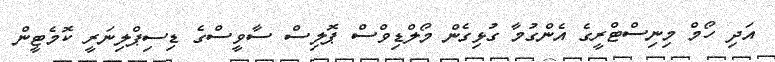
އަދި ހޯމް މިނިސްޓްރީގެ އެންގުމާ ގުޅިގެން މޯލްޑިވްސް ޕޮލިސް ސާވީސްގެ ޑިސިޕްލިނަރީ ކޮމެޓީން